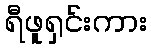
ရီဖူရှင်းကား